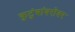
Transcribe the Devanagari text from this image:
कुटुंबांबरोबर